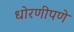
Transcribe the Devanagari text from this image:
धोरणीपणे